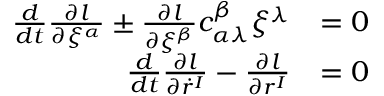
\begin{array} { r l } { \frac { d } { d t } \frac { \partial l } { \partial \xi ^ { \alpha } } \pm \frac { \partial l } { \partial \xi ^ { \beta } } c _ { \alpha \lambda } ^ { \beta } \xi ^ { \lambda } } & { = 0 } \\ { \frac { d } { d t } \frac { \partial l } { \partial \dot { r } ^ { I } } - \frac { \partial l } { \partial r ^ { I } } } & { = 0 } \end{array}